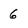
Character: 6